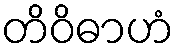
တိဝိဓာဟံ